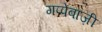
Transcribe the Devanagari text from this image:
गप्पेबाज़ी